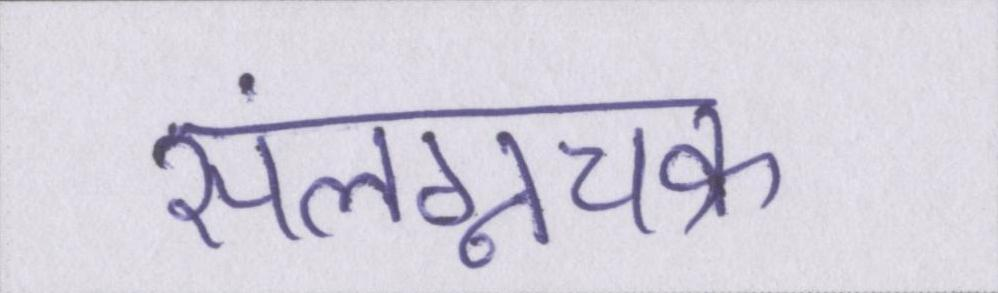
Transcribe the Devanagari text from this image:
संलग्नचक्र